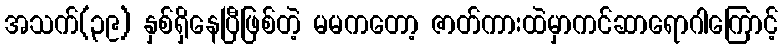
အသက်(၃၉) နှစ်ရှိနေပြီဖြစ်တဲ့ မမကတော့ ဇာတ်ကားထဲမှာကင်ဆာရောဂါကြောင့်